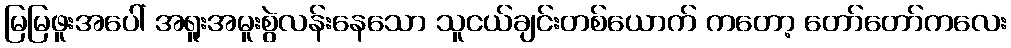
မြမြဖူးအပေါ် အရူးအမူးစွဲလန်းနေသော သူငယ်ချင်းတစ်ယောက် ကတော့ တော်တော်ကလေး